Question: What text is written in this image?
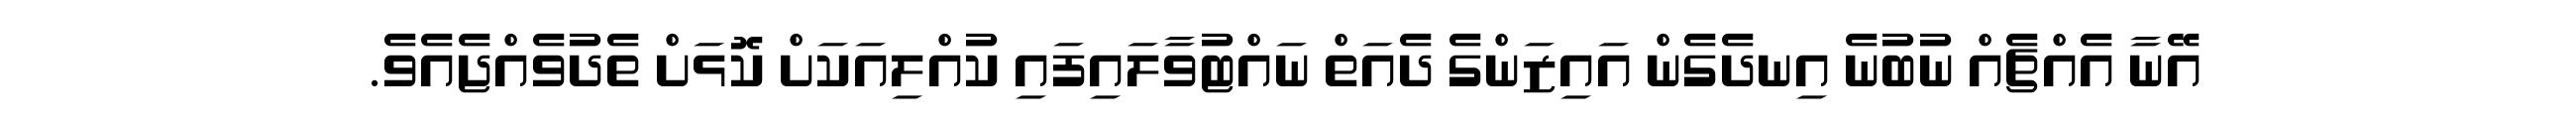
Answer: އޭނާ އެއްޗެއް ނުބުނެ އިނދެގެން އައިޒަންގެ ދެއަތް ނައްޓުވާލައިފައި ކުއްލިއަކަށް ކޮޅަށް ތެދުވެއްޖެއެވެ.